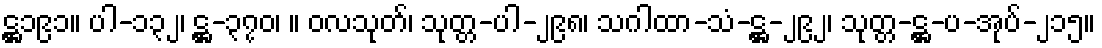
ဋ္ဌ၁၉၁။ ပါ-၁၃၂၊ ဋ္ဌ-၃၇၀၊ ။ ဝလသုတ်၊ သုတ္တ-ပါ-၂၉၈၊ သဂါထာ-သံ-ဋ္ဌ-၂၉၂၊ သုတ္တ-ဋ္ဌ-ပ-အုပ်-၂၁၅။